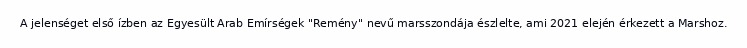
A jelenséget első ízben az Egyesült Arab Emírségek "Remény" nevű marsszondája észlelte, ami 2021 elején érkezett a Marshoz.